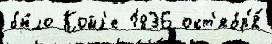
бы́ло Койл'е 1836 окт'ябр'я́